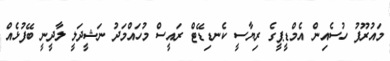
މައުރޫފު ހުސެއިން އެމްޑީޕީގެ ރިޔާސީ ކެނޑިޑޭޓް ރައީސް މުހައްމަދު ނަޝީދަލީ ލާދީނީ ބޭފުޅެއް